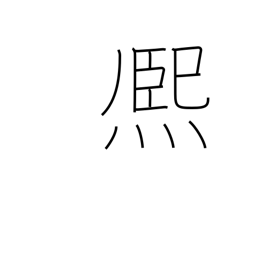
Meaning: shine